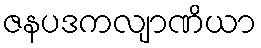
ဇနပဒကလျာဏိယာ